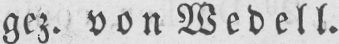
gez. von Wedell.